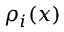
\rho _ { i } ( x )